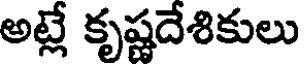
అట్లే కృష్ణదేశికులు